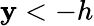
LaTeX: \mathbf{y}<-h